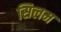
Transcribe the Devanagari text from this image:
सिलम